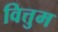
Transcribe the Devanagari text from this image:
वित्तुम